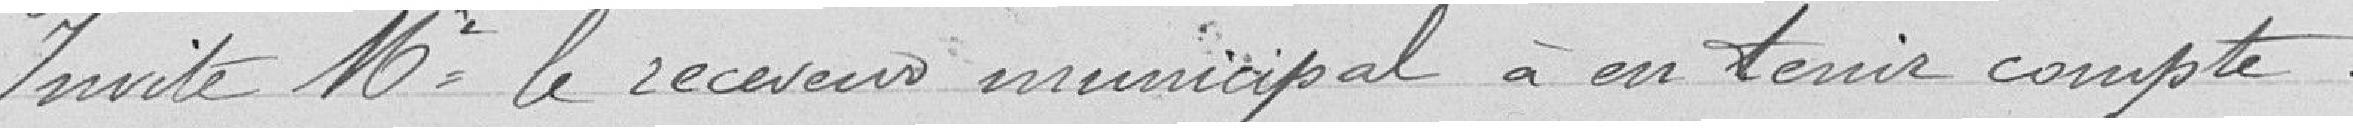
Invite Monsieur le receveur municipal à en tenir compte